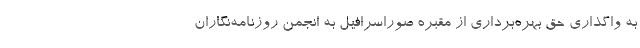
به واگذاری حق بهره‌برداری از مقبره صوراسرافیل به انجمن روزنامه‌نگاران